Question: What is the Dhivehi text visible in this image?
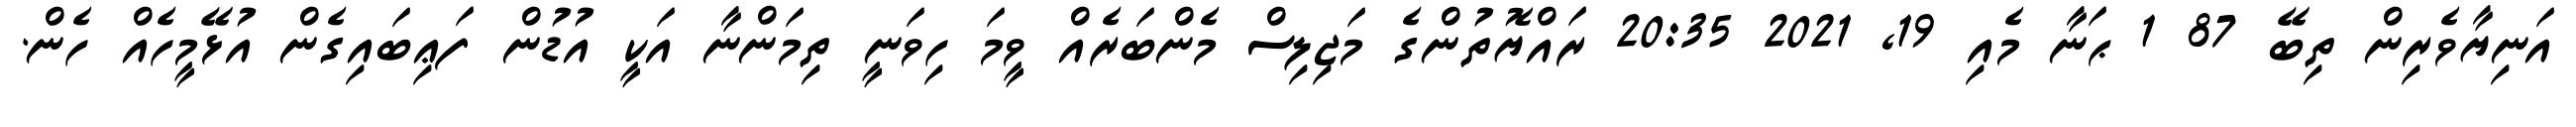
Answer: އަނިޔާވެރިން ތިބޭ 87 1 ޙަނާ މެއި 19, 2021 20:35 ރައްޔޮތުންގެ މަޖިލިސް މެންބަރެއް ވީމަ ހިވަނީ ތިމަންނާ އަކީ އުޑުން ފަޢިބައިގެން އުޅޭމީހެއް ހެން.